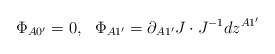
\begin{align*}\Phi_{A0^{\prime}}=0,\ \ \Phi_{A1^{\prime}}=\partial_{A1^{\prime}}J\cdot J^{-1}dz^{A1^{\prime}}\end{align*}